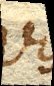
Vires